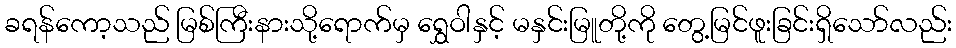
ခရန်ကော့သည် မြစ်ကြီးနားသို့ရောက်မှ ရွှေဝါနှင့် မနှင်းမြူတို့ကို တွေ့မြင်ဖူးခြင်းရှိသော်လည်း